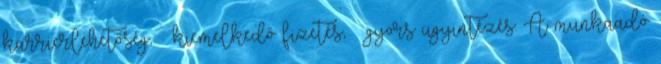
karrierlehetőség, – kiemelkedő fizetés, – gyors ügyintézés. A munkaadó